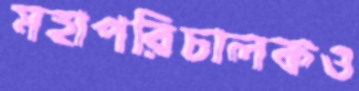
মহাপরিচালকও